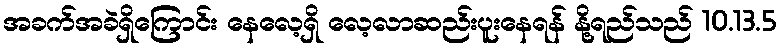
အခက်အခဲရှိကြောင်း နေလေ့ရှိ လေ့လာဆည်းပူးနေရန် နို့ရည်သည် 10.13.5